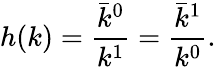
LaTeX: h(k)=\frac{\bar{k}^{0}}{k^{1}}=\frac{\bar{k}^{1}}{k^{0}}.